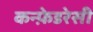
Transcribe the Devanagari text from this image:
कन्फ़ेडरेसी